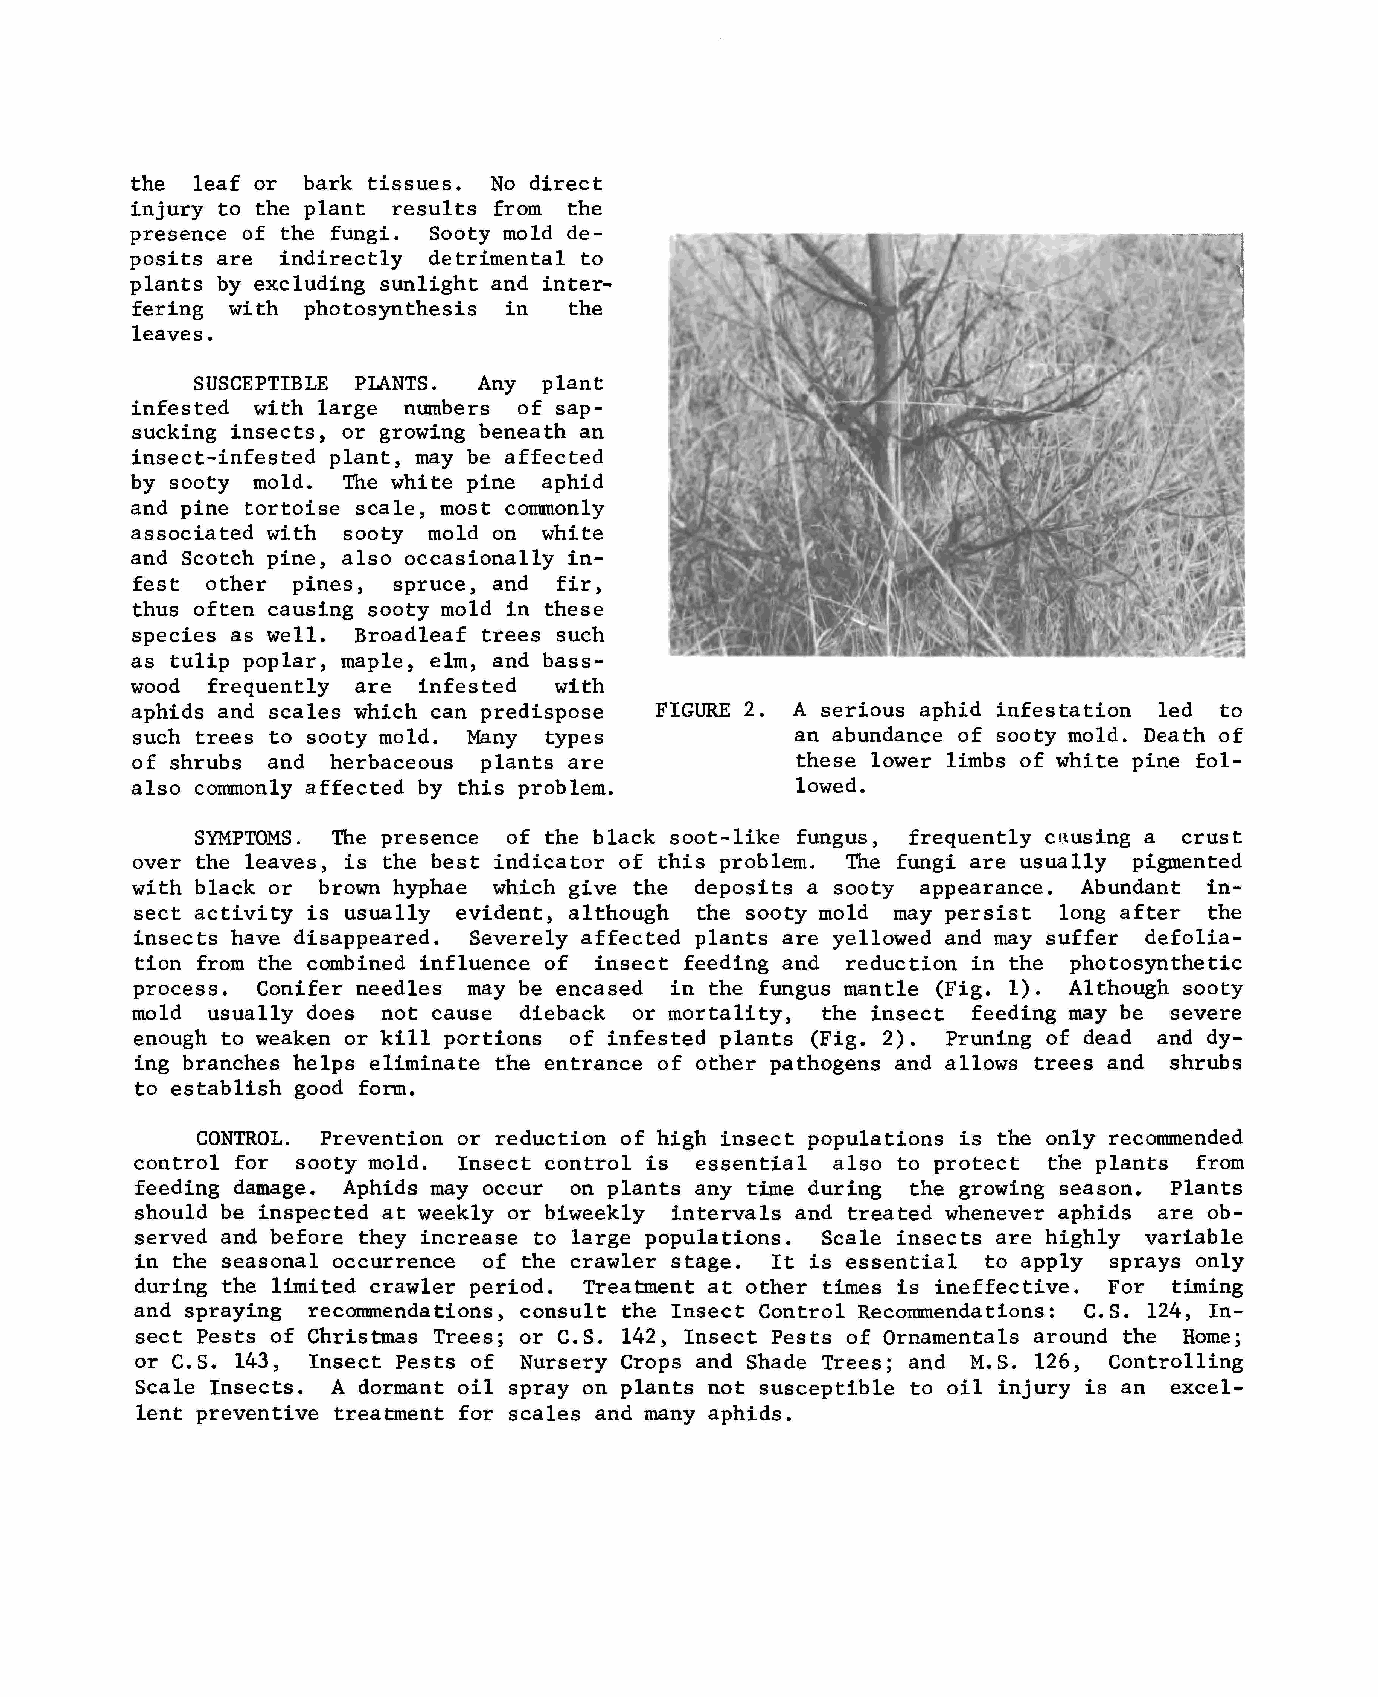
the leaf or bark tissues. No direct
 injury to the plant results from the
 presence of the fungi. Sooty mold de-
 posits are indirectly detrimental to
 plants by excluding sunlight and inter-
 fering with photosynthesis in the
 leaves.
 SUSCEPTIBLE PIANTS. Any plant
 infested with large nl.Ullbers of sap-
 sucking insects, or growing beneath an
 insect-infested plant, may be affected
 by sooty mold. Til.e white pine aphid
 and pine tortoise scale, most connnonly
 associated with sooty mold on white
 and Scotch pine, also occasionally in-
 fest other pines, spruce, and fir,
 thus often causing sooty mold in these
 species as well. Broadleaf trees such
 as tulip poplar, maple, elm, and bass-
 wood frequently are infested with
 aphids and scales which can predispose FIGURE 2. A serious aphid infestation led to
 such trees to sooty mold. Many types       an abundance of sooty mold. Death of
 of shrubs and herbaceous plants are         these lower limbs of white pine fol-
 also connnonly affected by this problem.    lowed.
 SYMPTOMS. Til.e presence of the black soot-like fungus, frequently c~using a crust
 over the leaves, is the best indicator of this problem. Til.e fungi are usually pigmented
 with black or brown hyphae which give the deposits a sooty appearance. Abundant in-
 sect activity is usually evident, although the sooty mold may persist long after the
 insects have disappeared. Severely affected plants are yellowed and may suffer defolia-
 tion from the combined influence of insect feeding and reduction in the photosynthetic
 process. Conifer needles may be encased in the fungus mantle (Fig. 1). Although sooty
 mold usually does not cause dieback or mortality, the insect feeding may be severe
 enough to weaken or kill portions of infested plants (Fig. 2). Pruning of dead and dy-
 ing branches helps eliminate the entrance of other pathogens and allows trees and shrubs
 to establish good form.
 CONTROL. Prevention or reduction of high insect populations is the only reconnnended
 control for sooty mold. Insect control is essential also to protect the plants from
 feeding damage. Aphids may occur on plants any time during the growing season. Plants
 should be inspected at weekly or biweekly intervals and treated whenever aphids are ob-
 served and before they increase to large populations. Scale insects are highly variable
 in the seasonal occurrence of the crawler stage. It is essential to apply sprays only
 during the limited crawler period. Treatment at other times is ineffective. For timing
 and spraying reconnnendations, consult the Insect Control Reconnnendations: C.S. 124, In-
 sect Pests of Christmas Trees; or C.S. 142, Insect Pests of Ornamentals around the Home;
 or C.S. 143, Insect Pests of Nursery Crops and Shade Trees; and M.S. 126, Controlling
 Scale Insects. A dormant oil spray on plants not susceptible to oil injury is an excel-
 lent preventive treatment for scales and many aphids.